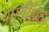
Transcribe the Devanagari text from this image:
आवीक्षण